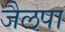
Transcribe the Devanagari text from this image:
जैलपा